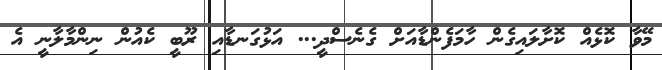
މޭވާ ކޮޅެއް ކޮށާލައިގެން ހާމަފެންޑާއަށް ގެނެސްދީ... އަޅުގަނޑާއި ރޫބީ ކެއުން ނިންމާލާނީ އެ